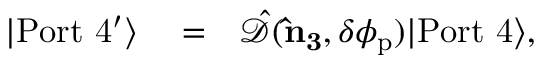
\begin{array} { r l r } { | \mathrm { P o r t \ 4 ^ { \prime } } \rangle } & { { } = } & { \hat { \mathcal { D } } ( { \bf \hat { n } _ { 3 } } , \delta \phi _ { \mathrm { p } } ) | \mathrm { P o r t \ 4 } \rangle , } \end{array}